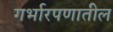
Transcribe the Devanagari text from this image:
गर्भारपणातील